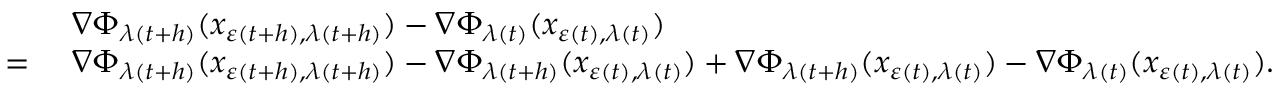
\begin{array} { r l } & { \nabla \Phi _ { \lambda ( t + h ) } ( x _ { \varepsilon ( t + h ) , \lambda ( t + h ) } ) - \nabla \Phi _ { \lambda ( t ) } ( x _ { \varepsilon ( t ) , \lambda ( t ) } ) } \\ { = \ } & { \nabla \Phi _ { \lambda ( t + h ) } ( x _ { \varepsilon ( t + h ) , \lambda ( t + h ) } ) - \nabla \Phi _ { \lambda ( t + h ) } ( x _ { \varepsilon ( t ) , \lambda ( t ) } ) + \nabla \Phi _ { \lambda ( t + h ) } ( x _ { \varepsilon ( t ) , \lambda ( t ) } ) - \nabla \Phi _ { \lambda ( t ) } ( x _ { \varepsilon ( t ) , \lambda ( t ) } ) . } \end{array}